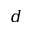
d